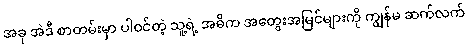
အခု အဲဒီ စာတမ်းမှာ ပါဝင်တဲ့ သူ့ရဲ့ အဓိက အတွေးအမြင်များကို ကျွန်မ ဆက်လက်